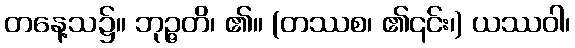
တနေ့သ၌။ ဘုဉ္ဇတိ၊ ၏။ (တဿစ၊ ၏၎င်း၊) ယဿဝါ၊